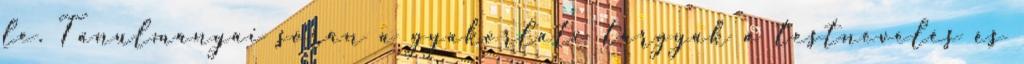
le. Tanulmányai során a gyakorlati tárgyak a testnevelés és